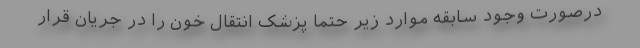
درصورت وجود سابقه موارد زیر حتما پزشک انتقال خون را در جریان قرار